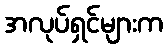
အလုပ်ရှင်များက